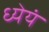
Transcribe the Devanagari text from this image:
ध्येयं